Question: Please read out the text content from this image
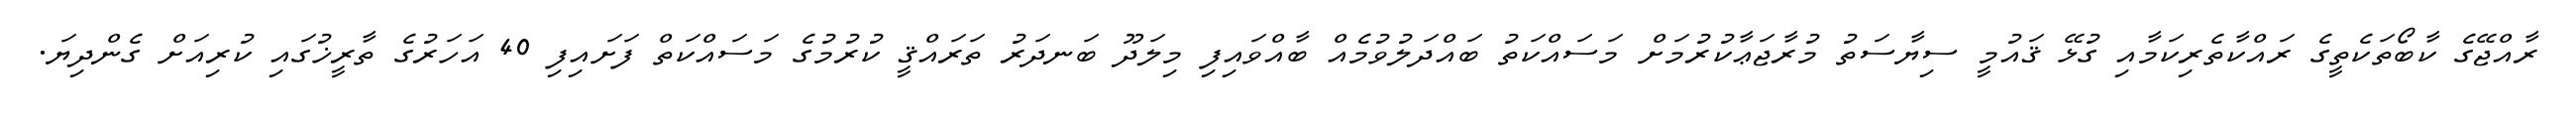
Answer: ރާއްޖޭގެ ކާބޯތަކެތީގެ ރައްކާތެރިކަމާއި ގުޅޭ ޤައުމީ ސިޔާސަތު މުރާޖަޢާކުރުމަށް މަސައްކަތު ބައްދަލުވުމެއް ބާއްވައިފި މިލަދޫ ބަނދަރު ތަރައްޤީ ކުރުމުގެ މަސައްކަތް ފަށައިފި 40 އަހަރުގެ ތާރީޚުގައި ކުރިއަށް ގެންދިޔަ.